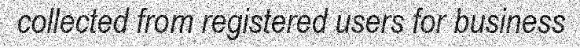
collected from registered users for business